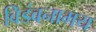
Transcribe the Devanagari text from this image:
विडंबनामय